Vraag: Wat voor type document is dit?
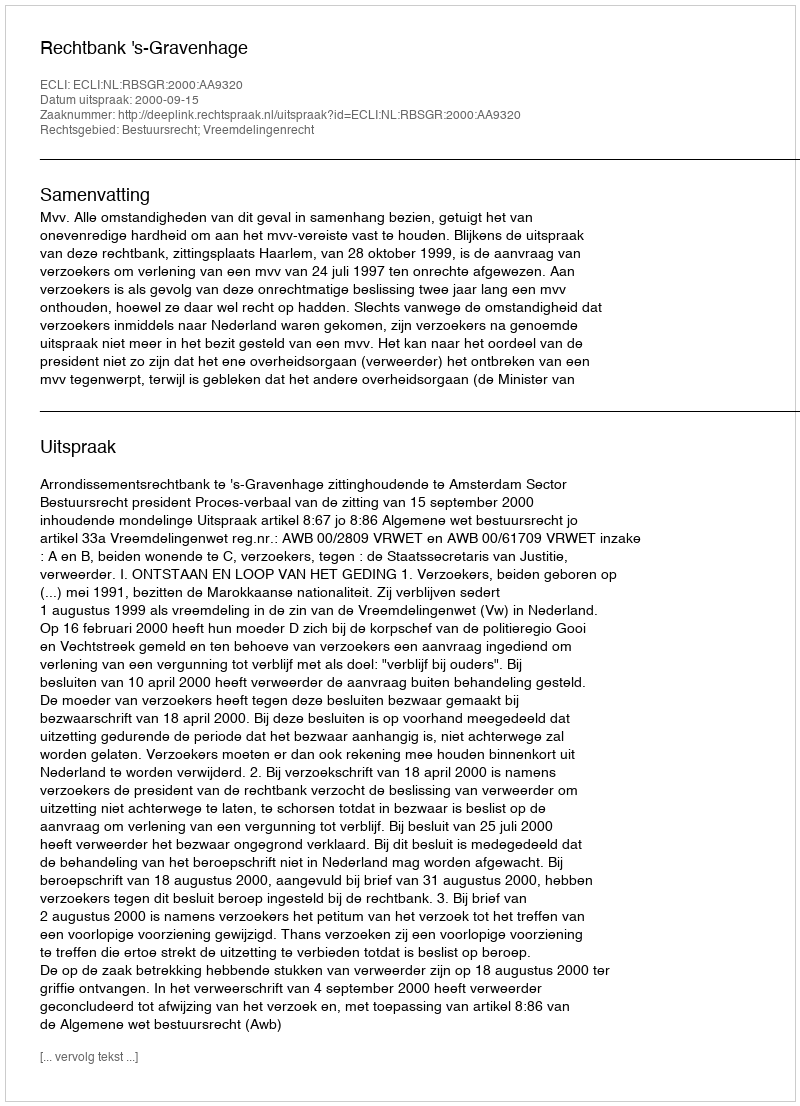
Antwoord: Uitspraak